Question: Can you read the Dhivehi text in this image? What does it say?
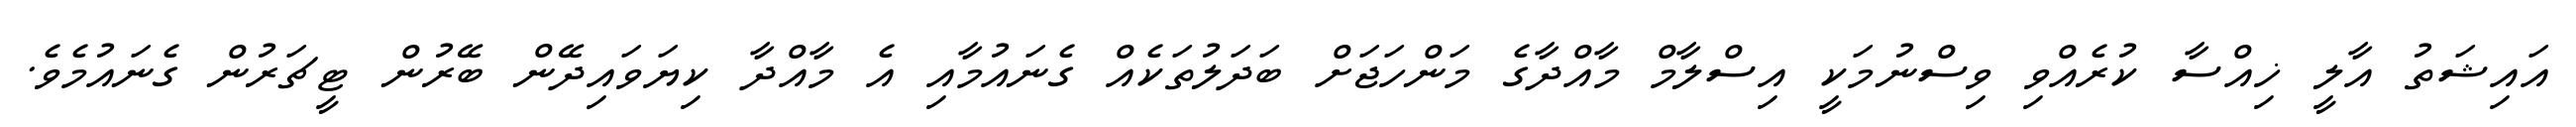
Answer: އައިޝަތު އާލީ ޚިއްސާ ކުރެއްވި ވިސްނުމަކީ އިސްލާމް މާއްދާގެ މަންހަޖަށް ބަދަލުތަކެއް ގެނައުމާއި އެ މާއްދާ ކިޔަވައިދޭން ބޭރުން ޓީޗަރުން ގެނައުމެވެ.